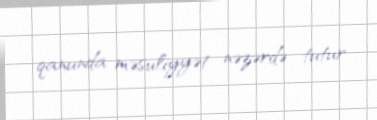
qanunda məsuliyyət nəzərdə tutur.